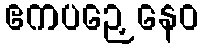
ဧကပဉှေနေဝ